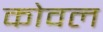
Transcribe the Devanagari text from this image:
कोवल